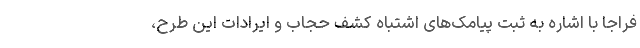
فراجا با اشاره به ثبت پیامک‌های اشتباه کشف حجاب و ایرادات این طرح،